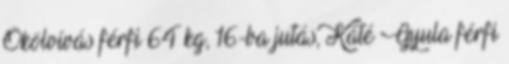
Ökölvívás férfi 64 kg, 16-ba jutás, Káté Gyula férfi